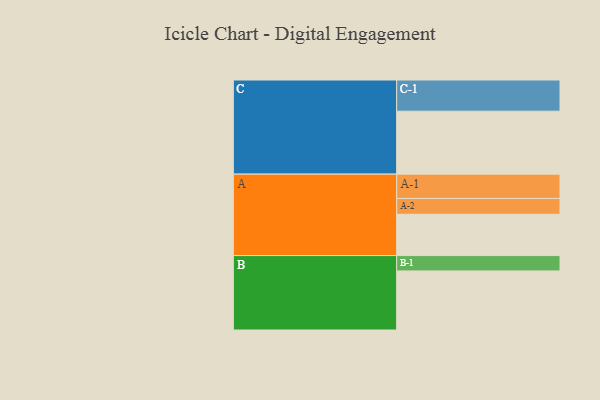
{"axis": {"x": "Segment", "y": "Value"}, "legend": ["", "A", "B", "C"], "data": [{"x": "A", "y": 360, "type": ""}, {"x": "B", "y": 515, "type": ""}, {"x": "C", "y": 549, "type": ""}, {"x": "A-1", "y": 212, "type": "A"}, {"x": "A-2", "y": 138, "type": "A"}, {"x": "B-1", "y": 134, "type": "B"}, {"x": "C-1", "y": 272, "type": "C"}]}